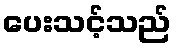
ပေးသင့်သည်